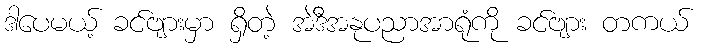
ဒါပေမယ့် ခင်ဗျားမှာ ရှိတဲ့ အဲဒီအနုပညာအာရုံကို ခင်ဗျား တကယ်